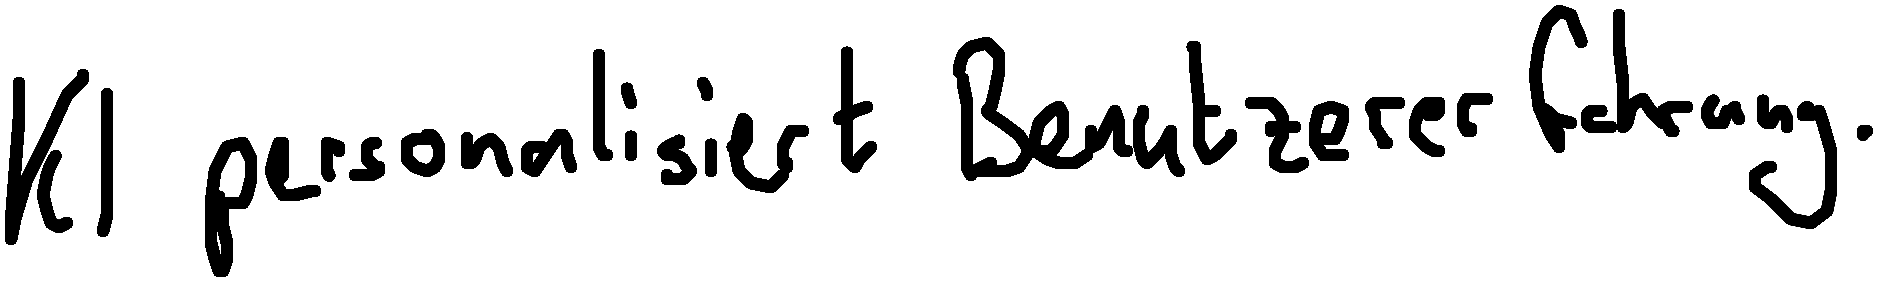
KI personalisiert Benutzererfahrung.